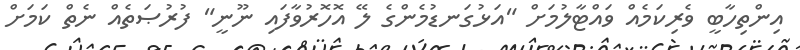
އިންތިހާބީ ވެރިކަމެއް ވައްޓާލުމަށް "އަޅުގަނޑުމެންގެ ލޭ އޮހޮރުވާފައި ނޫނީ" ފުރުޞަތެއް ނެތް ކަމަށް